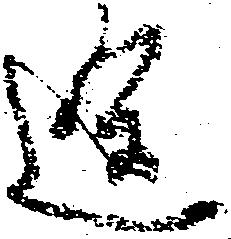
途